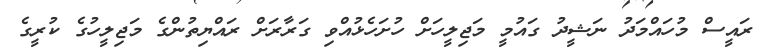
ރައީސް މުހައްމަދު ނަޝީދު ގައުމީ މަޖިލީހަށް ހުށަހެޅުއްވި ގަރާރަށް ރައްޔިތުންގެ މަޖިލީހުގެ ކުރީގެ